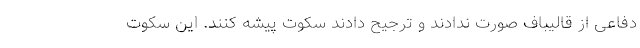
دفاعی از قالیباف صورت ندادند و ترجیح دادند سكوت پیشه كنند. این سكوت